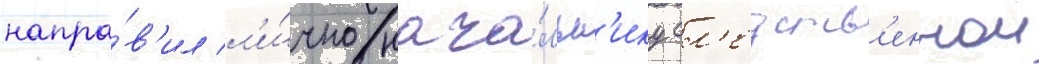
напра́в'ил л'и́чно нача́льн'ику сл'едств'еннои